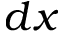
d x